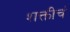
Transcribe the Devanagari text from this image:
शक्तीचं